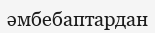
әмбебаптардан